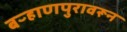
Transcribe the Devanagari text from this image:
बऱ्हाणपुरावरून